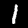
Digit: 1